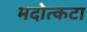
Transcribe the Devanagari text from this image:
मदोत्कटा